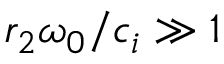
r _ { 2 } \omega _ { 0 } / c _ { i } \gg 1